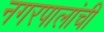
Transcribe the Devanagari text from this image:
नगरपालांची